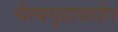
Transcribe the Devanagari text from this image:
चैत्यगृहाबाहेर